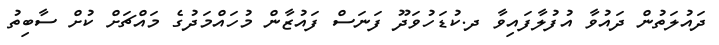
ދައުލަތުން ދައުވާ އުފުލާފައިވާ ދ.ކުޑަހުވަދޫ ފަނަސް ފައުޒާން މުހައްމަދުގެ މައްޗަށް ކުށް ސާބިތު